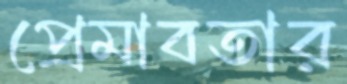
প্রেমাবতার